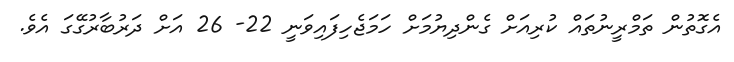
އެގޮތުން ތަމްރީނުތައް ކުރިއަށް ގެންދިޔުމަށް ހަމަޖެހިފައިވަނީ 22- 26 އަށް ދަރުބާރުގޭގަ އެވެ.